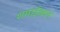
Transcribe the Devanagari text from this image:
शमाईकल